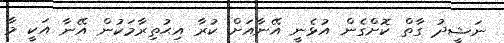
ނަޝީދު ގާތް ކޮށްގެން އުޅެނީ އޭނާއަށް ކުރާ އިޙުތިރާމަކުން އޭނާ އަކީ މާ